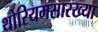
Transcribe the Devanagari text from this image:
थोरियमसारख्या